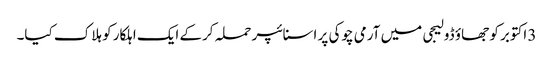
3 اکتوبر کو جھاؤ ڈولیجی میں آرمی چوکی پر اسنائپر حملہ کرکے ایک اہلکار کو ہلاک کیا۔